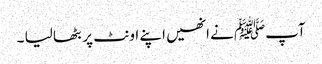
آپﷺ نے انھیں اپنے اونٹ پر بٹھا لیا ۔